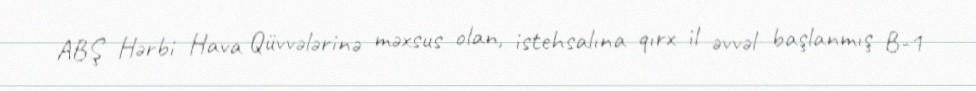
ABŞ Hərbi Hava Qüvvələrinə məxsus olan, istehsalına qırx il əvvəl başlanmış B-1